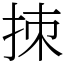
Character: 拺